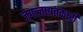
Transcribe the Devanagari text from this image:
जगत्जाग्रतकारी